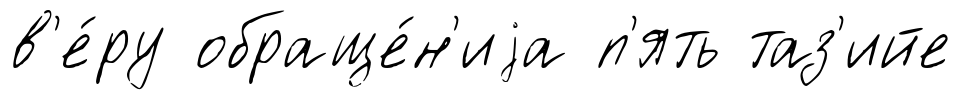
в'е́ру обраще́н'иjа п'ять таз'ийе